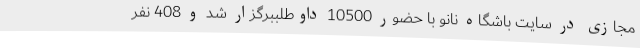
مجازی در سایت باشگاه نانو با حضور 10500 داوطلببرگزار شد و 408 نفر